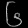
Digit: ၆